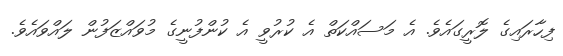
ފިހާރައިގެ ލޮރީގައެވެ. އެ މަސައްކަތް އެ ކުރުވީ އެ ކުންފުނީގެ މުވައްޒަފުން ލައްވައެވެ.